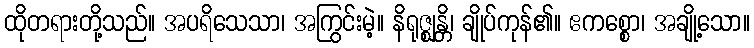
ထိုတရားတို့သည်။ အပရိသေသာ၊ အကြွင်းမဲ့။ နိရုဇ္ဈန္တိ၊ ချိုပ်ကုန်၏။ ဧကစ္စော၊ အချို့သော။